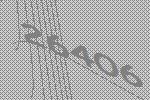
26406